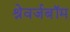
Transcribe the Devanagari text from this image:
श्रेवर्जबॉम